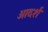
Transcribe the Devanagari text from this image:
आदर्शं